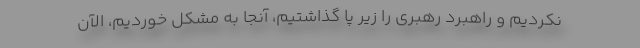
نکردیم و راهبرد رهبری را زیر پا گذاشتیم، آنجا به مشکل خوردیم، الآن